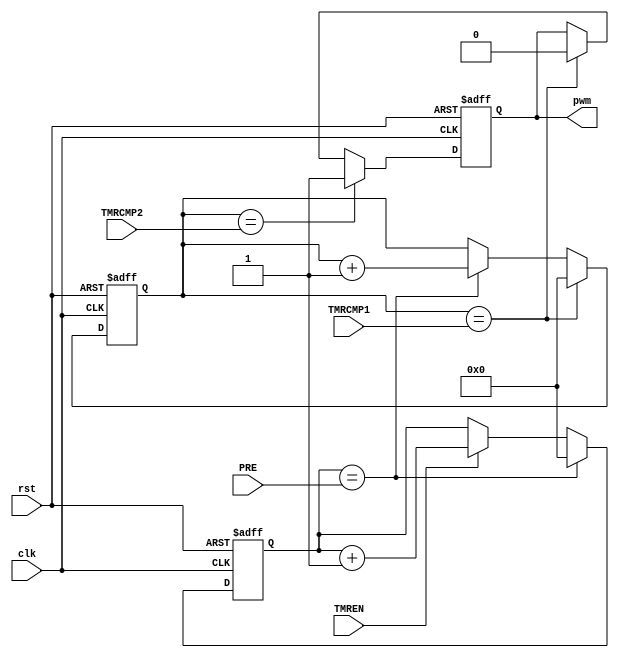

/*
	A simple 32-bit PWM generator
	PRE: clock prescalar (tmer_clk = clk / (PRE+1))
	TMRCMP1: Timer CMP register (period)
	TMRCMP2: PWN level change Comparator

	PWM period = (TMRCMP1 + 1)/timer_clk = (TMRCMP1 + 1)*(PRE + 1)/clk
	PWM off cyle % = (TMRCMP1 + 1)/(TMRCMP2 + 1)
*/
module PWM32 (
		input wire clk,
		input wire rst,
		input wire [31:0] PRE,
		input wire [31:0] TMRCMP1,
		input wire [31:0] TMRCMP2,
		input wire 				TMREN,
		output reg pwm
	);

	reg [31:0]	TMR;
	reg [31:0] 	clkdiv;
	wire 		timer_clk = (clkdiv==PRE) ;
	wire 		tmrov = (TMR == TMRCMP1);
	wire 		pwmov = (TMR == TMRCMP2);

	// Prescalar
	always @(posedge clk or posedge rst)
	begin
		if(rst)
			clkdiv <= 32'd0;
		else if(timer_clk)
			clkdiv <= 32'd0;
		else if(TMREN)
			clkdiv <= clkdiv + 32'd1;
	end

	// Timer
	always @(posedge clk or posedge rst)
	begin
		if(rst)
			TMR <= 32'd0;
		else if(tmrov)
			TMR <= 32'd0;
		else if(timer_clk)
			TMR <= TMR + 32'd1;
	end

	// PWM Output
	always @(posedge clk or posedge rst)
	begin
		if(rst)
			pwm <= 1'd0;
		else if(pwmov)
			pwm <= 1'd1;
		else if (tmrov)
			pwm <= 1'd0;
	end

endmodule